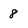
Character: 8